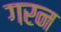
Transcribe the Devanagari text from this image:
गरन